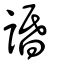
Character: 諙